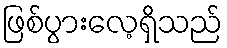
ဖြစ်ပွားလေ့ရှိသည်